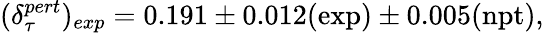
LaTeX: (\delta_{\tau}^{pert})_{exp}=0.191\pm 0.012(\mathrm{exp})\pm 0.005(\mathrm{npt}),